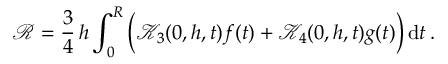
\mathcal { R } = \frac { 3 } { 4 } \, h \int _ { 0 } ^ { R } \bigg ( \mathcal { K } _ { 3 } ( 0 , h , t ) f ( t ) + \mathcal { K } _ { 4 } ( 0 , h , t ) g ( t ) \bigg ) \, \mathrm { d } t \, .